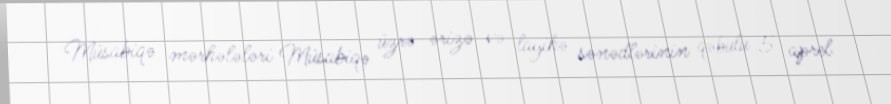
Müsabiqə mərhələləri Müsabiqə üzrə ərizə və layihə sənədlərinin qəbulu 5 aprel